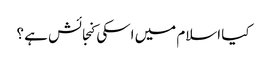
کیا اسلام میں اسکی کنجائش ہے ؟